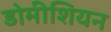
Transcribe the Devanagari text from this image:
डोमीशियन